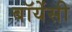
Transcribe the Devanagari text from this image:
बॉयेंसी